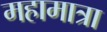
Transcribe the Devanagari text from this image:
महामात्रा